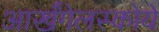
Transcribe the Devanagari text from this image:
आर्खंगेलस्कोये